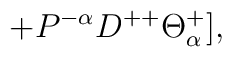
+P^{-\alpha}D^{++}\Theta^{+}_{\alpha}],